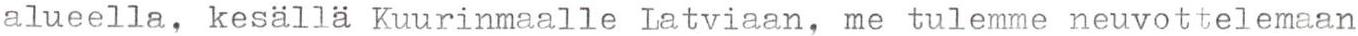
alueella, kesällä Kuurinmaalle Latviaan, me tulemme neuvottelemaan